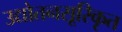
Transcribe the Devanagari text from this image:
उद्योतनसूरिकृत